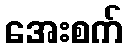
အေးစက်